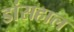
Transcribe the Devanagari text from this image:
डांसहाल